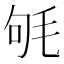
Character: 㲒